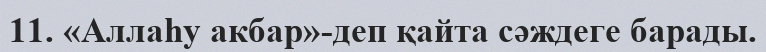
11. «Аллаһу акбар»-деп қайта сәждеге барады.